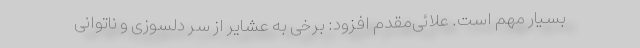
بسیار مهم است. علائی‌مقدم افزود: برخی به عشایر از سر دلسوزی و ناتوانی